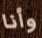
وأنا